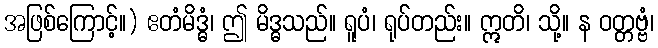
အဖြစ်ကြောင့်။) ဧတံမိဒ္ဓံ၊ ဤ မိဒ္ဓသည်။ ရူပံ၊ ရုပ်တည်း။ ဣတိ၊ သို့။ န ဝတ္တဗ္ဗံ၊